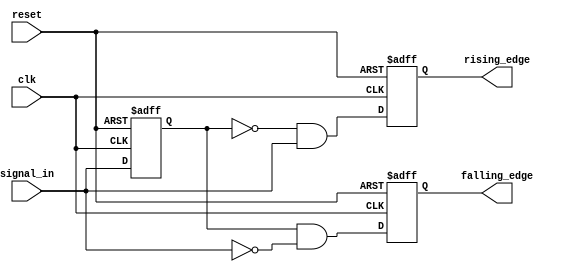
module GlitchFreeEdgeDetector (
    input wire clk,          // Clock signal
    input wire reset,        // Asynchronous reset signal
    input wire signal_in,    // Input signal to detect edges
    output reg rising_edge,  // Output high when a rising edge is detected
    output reg falling_edge   // Output high when a falling edge is detected
);
    // Memory elements to store previous states
    reg prev_state;          // Stores last stable value of signal_in
    reg prev_prev_state;     // Stores value before prev_state

    // Asynchronous reset and edge detection logic
    always @(posedge clk or posedge reset) begin
        if (reset) begin
            // Initialize memory blocks to known state
            prev_state <= 1'b0;
            prev_prev_state <= 1'b0;
            rising_edge <= 1'b0;
            falling_edge <= 1'b0;
        end else begin
            // Edge detection logic
            rising_edge <= (prev_state == 1'b0 && signal_in == 1'b1);
            falling_edge <= (prev_state == 1'b1 && signal_in == 1'b0);

            // Update previous states
            prev_prev_state <= prev_state;
            prev_state <= signal_in;
        end
    end
endmodule